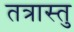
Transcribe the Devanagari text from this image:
तत्रास्तु